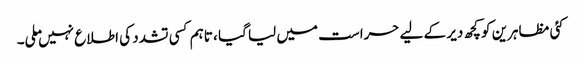
کئی مظاہرین کو کچھ دیر کے لیے حراست میں لیا گیا ، تاہم کسی تشدد کی اطلاع نہیں ملی۔